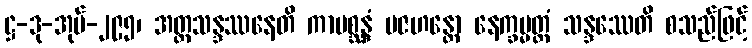
ဋ္ဌ-ဒု-အုပ်-၂၉၅၊ အတ္ထသန္ဒဿနေတိ ကာမစ္ဆန္ဒံ ပဇဟန္တော နေက္ခမ္မတ္ထံ သန္ဒဿေတိ စသည်ဖြင့်